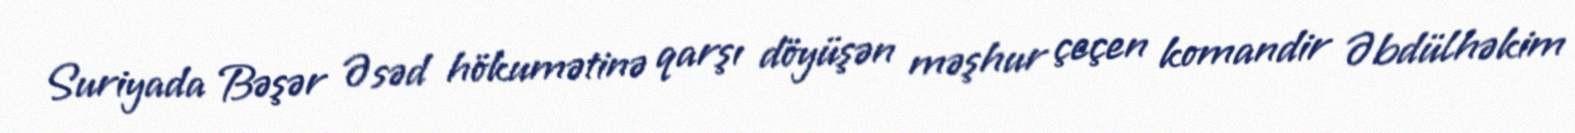
Suriyada Bəşər Əsəd hökumətinə qarşı döyüşən məşhur çeçen komandir Əbdülhəkim